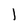
Character: 1